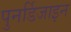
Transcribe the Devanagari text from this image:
पुनर्डिजाइन